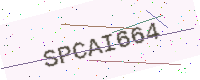
Text: SPCAI664